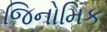
જિનોમિક